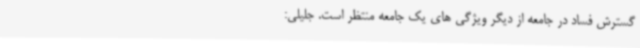
گسترش فساد در جامعه از دیگر ویژگی های یک جامعه منتظر است. جلیلی: